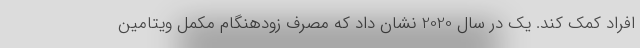
افراد کمک کند. یک در سال 2020 نشان داد که مصرف زودهنگام مکمل ویتامین